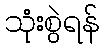
သုံးစွဲရန်